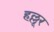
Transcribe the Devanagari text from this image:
हल्लूर